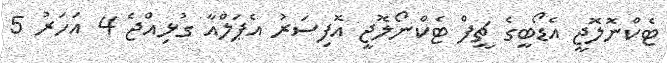
ޓެކްނޮލޮޖީ އެޑޯބީގެ ޗީފް ޓެކްނޯލޮޖީ އޮފިސަރު އެޕަލްއާ ގުޅިއްޖެ 4 އަހަރު 5